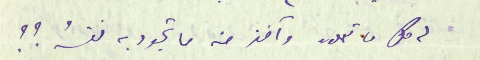
له كل ما تعملون وآخذ منه ما تجود به نفسُه ؟؟